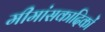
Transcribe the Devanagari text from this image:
मीमांसकादिकों